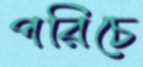
পরিচে